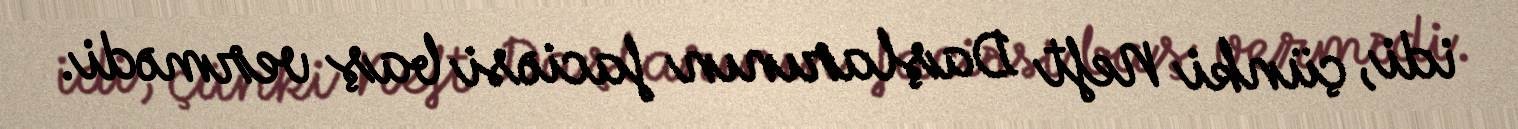
idi, çünki Neft Daşlarının faciəsi baş vermədi.